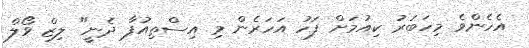
އެހެންވެ މިހަބަރު ކިއުމަށް ފަހު އަހަރެން މި އިސްތިއުފާ ދެނީ" ލިޒް ވޯލް